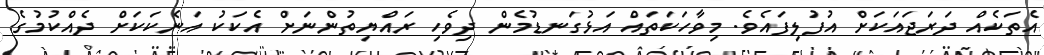
އެތަކެއް ދަރަޖައަކަށް އުފުލިފައެވެ. މިވާހަކަތައް އަޅުގަނޑުމެން ދިވެހި ރައްޔިތުންނަށް އެކަކު އަނެކަކަށް ދެއްކުމުގެ